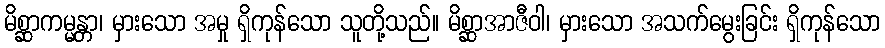
မိစ္ဆာကမ္မန္တာ၊ မှားသော အမှု ရှိကုန်သော သူတို့သည်။ မိစ္ဆာအာဇီဝါ၊ မှားသော အသက်မွေးခြင်း ရှိကုန်သော